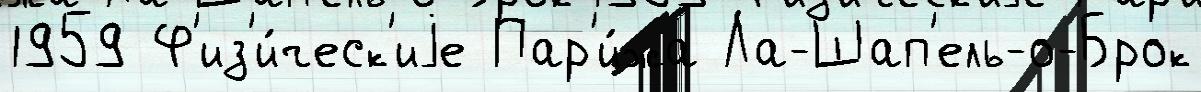
1959 Ф'из'и́ческ'иjе Пар'и́жа Ла-Шап'ель-о-Брок